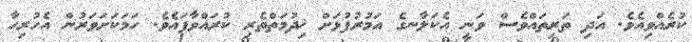
ކުރެއްވިއެވެ. އަދި ތަރިތައްވެސް ވަނީ އެކަލާނގެ އަމުރުފުޅަށް ޚިދުމަތްތެރި ކުރައްވާފައެވެ. ހަމަކަށަވަރުން އެހުރިހާ